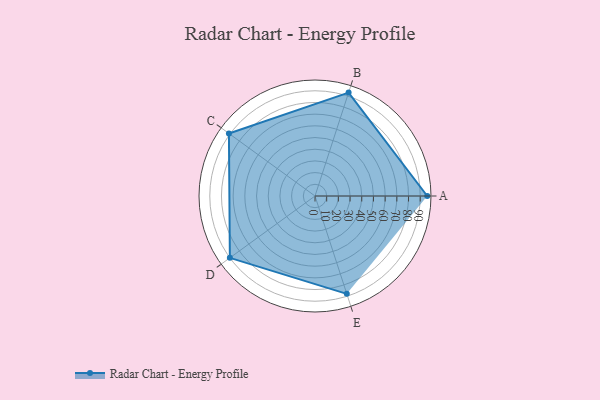
{"axis": {"x": "Skill", "y": "Score"}, "legend": ["Profile"], "data": [{"x": "A", "y": 96.0, "type": "Profile"}, {"x": "B", "y": 93.0, "type": "Profile"}, {"x": "C", "y": 91.0, "type": "Profile"}, {"x": "D", "y": 90.0, "type": "Profile"}, {"x": "E", "y": 88.0, "type": "Profile"}]}